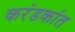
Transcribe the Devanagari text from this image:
करंडकांत